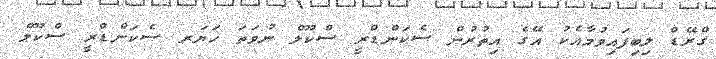
ގްރޭޑް ލިބިފައިވުމާއެކު އޭގެ އިތުރުން ސެކަންޑްރީ ސްކޫލް ނުވަތަ ހަޔަރ ސެކަންޑްރީ ސްކޫލް